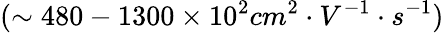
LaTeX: (\sim 480-1300\times 10^{2}cm^{2}\cdot V^{-1}\cdot s^{-1})